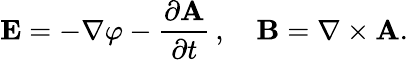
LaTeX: {\mathbf{E}}=-\nabla\varphi-{\frac{\partial{\mathbf{A}}}{\partial t}}\, ,\quad{\mathbf{B}}=\nabla\times{\mathbf{A}}.